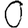
Digit: 0